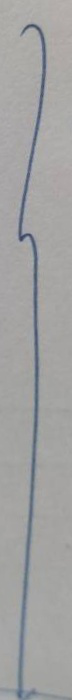
}